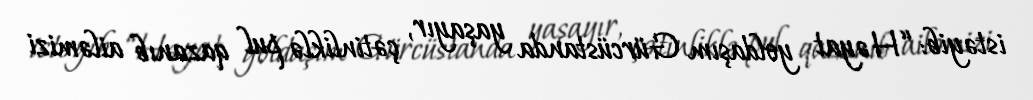
istəyib: “Həyat yoldaşım Gürcüstanda yaşayır, çətinliklə pul qazanıb ailəmizi